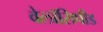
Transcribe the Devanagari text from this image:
वेलॉसिपीड